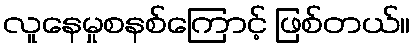
လူနေမှုစနစ်ကြောင့် ဖြစ်တယ်။